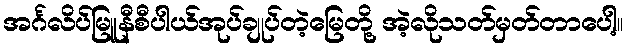
အင်္ဂလိပ်မြူနီစီပါယ်အုပ်ချုပ်တဲ့မြေတို့ အဲ့လိုသတ်မှတ်တာပေါ့။